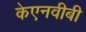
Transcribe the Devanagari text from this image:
केएनवीबी